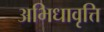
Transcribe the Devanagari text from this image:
अभिधावृत्ति